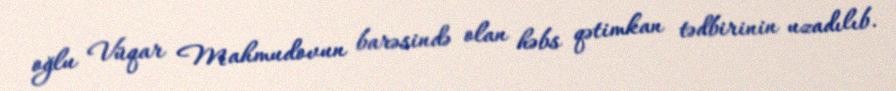
oğlu Vüqar Mahmudovun barəsində olan həbs qətimkan tədbirinin uzadılıb.